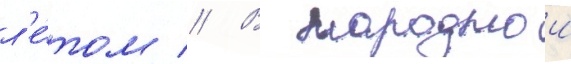
л'е́том // В народнои